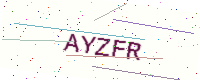
Text: AYZFR